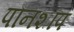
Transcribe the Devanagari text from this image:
पौनशॉप